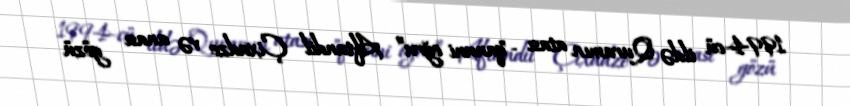
1994-cü ildə Quramın atası -"qanuni oğru” Aftandil Çixadze və anası gözü